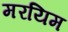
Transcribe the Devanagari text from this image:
मरयिम